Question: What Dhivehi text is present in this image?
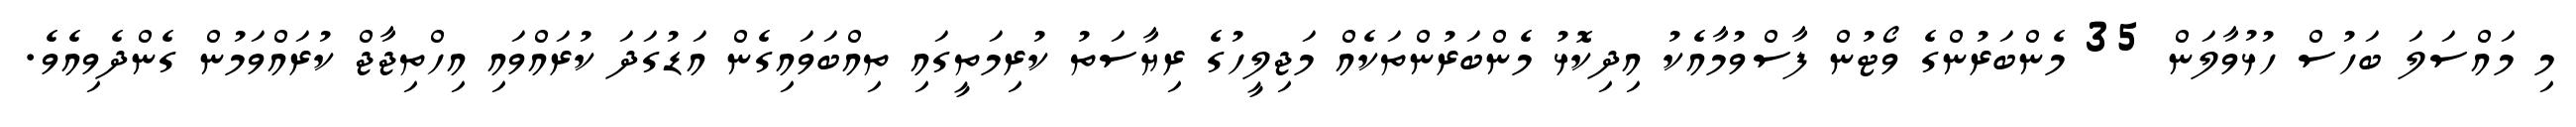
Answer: މި މައްސަލަ ބަހުސް ހުޅުވާލަން 35 މެންބަރުންގެ ވޯޓުން ފާސްވުމާއެކު އިދިކޮޅު މެންބަރުންތަކެއް މަޖިލީހުގެ ރިޔާސަތު ކުރިމަތީގައި ތިއްބަވައިގެން އަޑުގަދަ ކުރައްވައި އިހްތިޖާޖް ކުރައްވަމުން ގެންދެވިއެވެ.